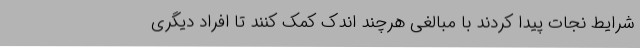
شرایط نجات پیدا کردند با مبالغی هرچند اندک کمک کنند تا افراد دیگری